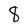
Character: 8